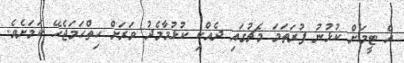
އެ ޓީމަށް ކުޅުނު ފުރަތަމަ މެޗުގައި ދެއްކި ކުޅުމާމެދު ވަރަށް ހިތްހަމަޖެހޭ ކަމަށެވެ.